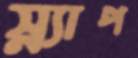
স্ন্যাপ